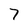
Character: 7